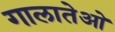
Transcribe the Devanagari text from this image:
गालातेओ